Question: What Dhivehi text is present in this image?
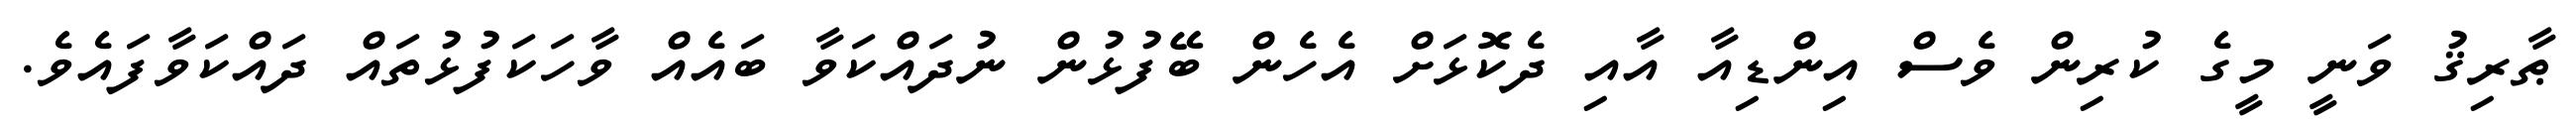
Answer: ޠާރިޤު ވަނީ މީގެ ކުރިން ވެސް އިންޑިއާ އާއި ދެކޮޅަށް އެހެން ބޭފުޅުން ނުދައްކަވާ ބައެއް ވާހަކަފުޅުތައް ދައްކަވާފައެވެ.